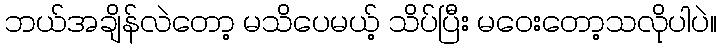
ဘယ်အချိန်လဲတော့ မသိပေမယ့် သိပ်ပြီး မဝေးတော့သလိုပါပဲ။